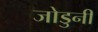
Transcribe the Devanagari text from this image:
जोडुनी